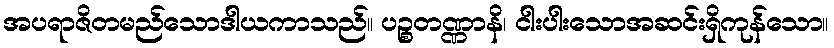
အပရာဇိတမည်သောဒါယကာသည်။ ပဉ္စတဏ္ဏာနိ၊ ငါးပါးသောအဆင်းရှိကုန်သော။